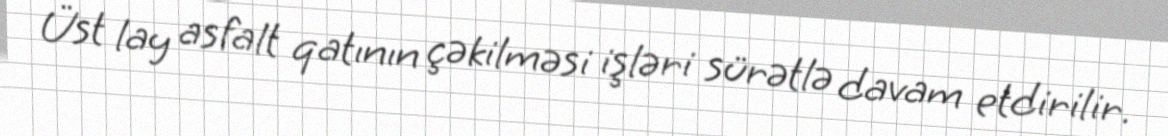
Üst lay asfalt qatının çəkilməsi işləri sürətlə davam etdirilir.